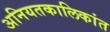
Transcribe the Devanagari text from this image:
अनियतकालिकांत